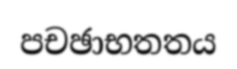
පචඡාභතතය